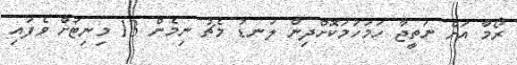
ރޯމާ އަށް ނަތީޖާ ހަމަހަމަކޮށްދިން ލަނޑު މެޗު ނިމެން 13 މިނިޓަށް ވެފައި